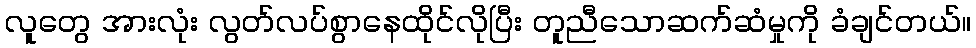
လူတွေ အားလုံး လွတ်လပ်စွာနေထိုင်လိုပြီး တူညီသောဆက်ဆံမှုကို ခံချင်တယ်။